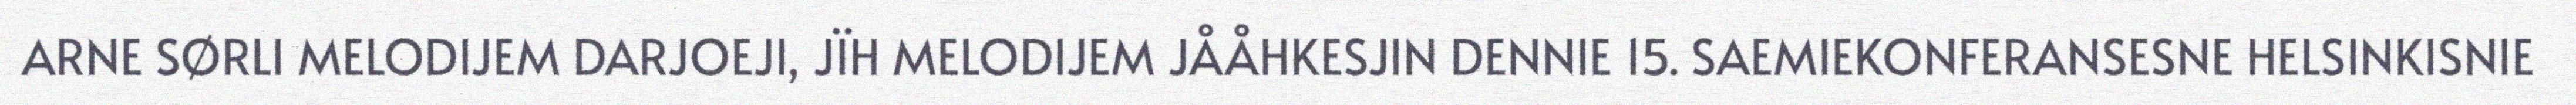
ARNE SØRLI MELODIJEM DARJOEJI, JÏH MELODIJEM JÅÅHKESJIN DENNIE 15. SAEMIEKONFERANSESNE HELSINKISNIE